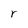
Character: r